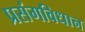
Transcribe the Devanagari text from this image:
प्रसंगविधान